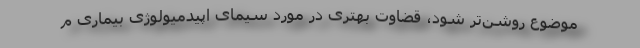
موضوع روشن‌تر شود، قضاوت بهتری در مورد سیمای اپیدمیولوژی بیماری م